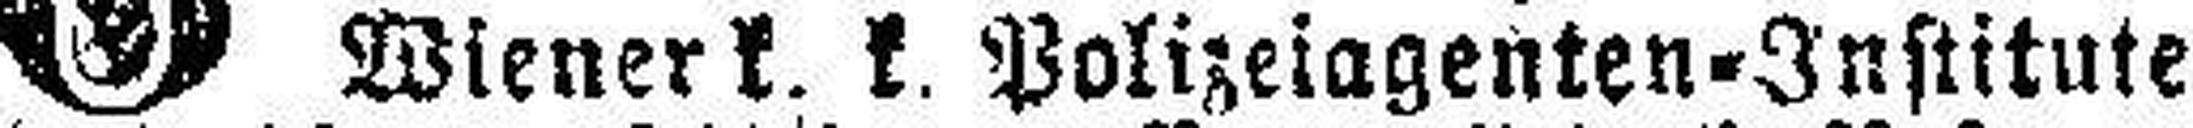
Wiener k. k. Polizeiagenten-Institute